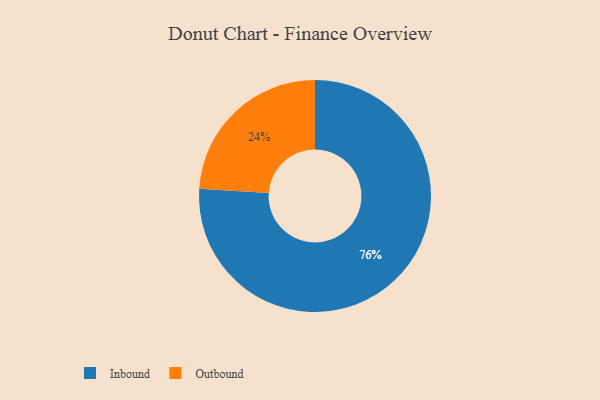
{"axis": {"x": "Category", "y": "Percentage"}, "legend": ["Inbound", "Outbound"], "data": [{"x": "Outbound", "y": 24, "type": "Outbound"}, {"x": "Inbound", "y": 76, "type": "Inbound"}]}